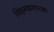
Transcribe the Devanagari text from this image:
सिंहगडासारखा